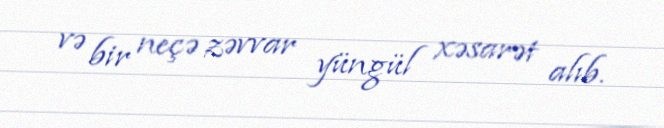
və bir neçə zəvvar yüngül xəsarət alıb.